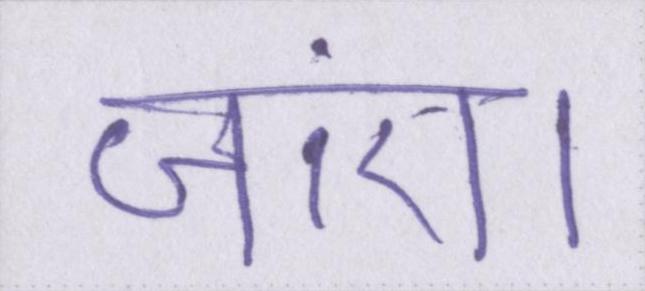
जाएं।